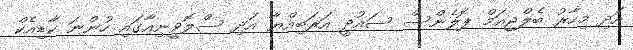
އަދި މިހާރު ބެލްޖިއަމް ޕޮލެންސް ސައުދީ އަރަބިއްޔާ އަދި ސްލޮވީނިއާގައި ހުންނަ ކާޑިއެކް